Leaving Certificate Examination (including Day School Certificate (Higher) General paper), 1926
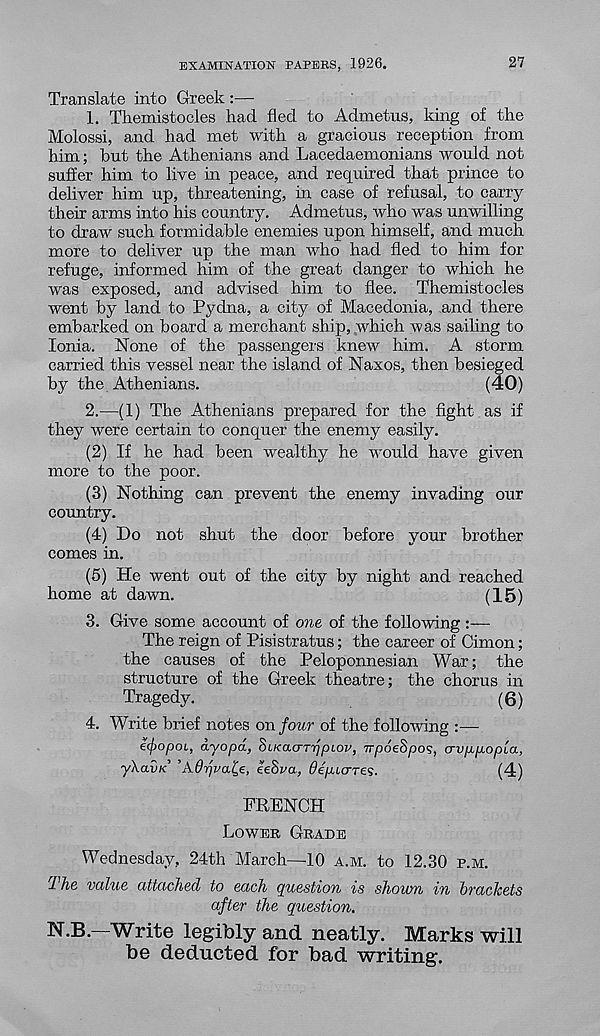
EXAMINATION PAPERS, 1926.
27
Translate into Greek :—-
1. Themistocles had fled to Admetus, king of the
Molossi, and had met with a gracious reception from
him; but the Athenians and Lacedaemonians would not
suffer him to live in peace, and required that prince to
deliver him up, threatening, in case of refusal, to carry
their arms into his country. Admetus, who was unwilling
to draw such formidable enemies upon himself, and much
more to deliver up the man who had fled to him for
refuge, informed him of the great danger to which he
was exposed, and advised him to flee. Themistocles
went by land to Pydna, a city of Macedonia, and there
embarked on board a merchant ship, which was sailing to
Ionia. None of the passengers knew him. A storm
carried this vessel near the island of Naxos, then besieged
by the Athenians.
(40)
2.
—(1) The Athenians prepared for t
they were certain to conquer the enemy easily.
(2) If he had been wealthy he would have given
more to the poor.
(3) Nothing can prevent the enemy invading our
country.
(4) Do not shut the door before your brother
comes in.
(5) He went out of the city by night and reached
home at dawn.
(15)
3. Give some account of one of the following:—
The reign of Pisistratus; the career of Cimon;
the causes of the Peloponnesian War; the
structure of the Greek theatre; the chorus in
Tragedy.
(6)
4. Write brief notes on four of the following :—
efopoL, ayopd, SiKaaT'rjpLov, irpoeSpos, crvp,pLopla,
yXavK ’Adpvat^e, eeSva, ^e/itcrres.
(4)
FBENCH
LOWER GRADE
Wednesday, 24th March—10 A.M. to 12.30 P.M.
1 he value attached to each question is shown in brackets
after the question.
N.B.—Write legibly and neatly. Marks will
be deducted for bad writing.